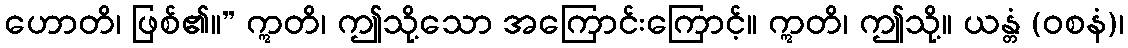
ဟောတိ၊ ဖြစ်၏။” ဣတိ၊ ဤသို့သော အကြောင်းကြောင့်။ ဣတိ၊ ဤသို့။ ယန္တံ (ဝစနံ)၊